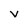
Character: v